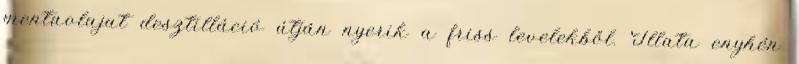
mentaolajat desztilláció útján nyerik a friss levelekből. Illata enyhén